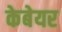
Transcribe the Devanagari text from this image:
केबेयर